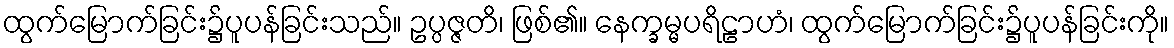
ထွက်မြောက်ခြင်း၌ပူပန်ခြင်းသည်။ ဥပ္ပဇ္ဇတိ၊ ဖြစ်၏။ နေက္ခမ္မပရိဠာဟံ၊ ထွက်မြောက်ခြင်း၌ပူပန်ခြင်းကို။